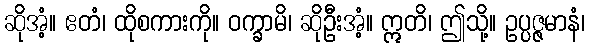
ဆိုအံ့။ ဧတံ၊ ထိုစကားကို။ ဝက္ခာမိ၊ ဆိုဦးအံ့။ ဣတိ၊ ဤသို့။ ဥပ္ပဇ္ဇမာနံ၊